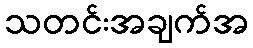
သတင်းအချက်အ